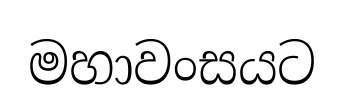
මහාවංසයට